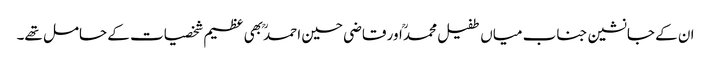
ان کے جانشین جناب میاں طفیل محمدؒ اور قاضی حسین احمدؒ بھی عظیم شخصیات کے حامل تھے۔